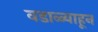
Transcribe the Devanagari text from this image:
वडाळ्याहून